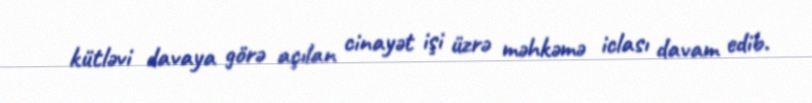
kütləvi davaya görə açılan cinayət işi üzrə məhkəmə iclası davam edib.